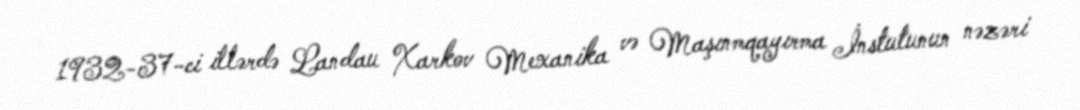
1932-37-ci illərdə Landau Xarkov Mexanika və Maşınmqayırma İnstutunun nəzəri